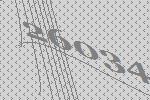
26034